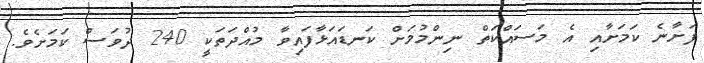
ފަށާނެ ކަމަށާއި އެ މަސައްކަތް ނިންމުމަށް ކަނޑައަޅާފައިވާ މުއްދަތަކީ 240 ދުވަސް ކަމަށެވެ.